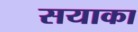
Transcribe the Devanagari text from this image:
सयाका